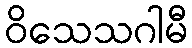
ဝိသေသဂါမီ